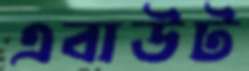
এবাউট